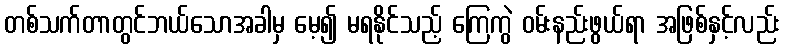
တစ်သက်တာတွင်ဘယ်သောအခါမှ မေ့၍ မရနိုင်သည့် ကြေကွဲ ဝမ်းနည်းဖွယ်ရာ အဖြစ်နှင့်လည်း